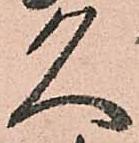
久